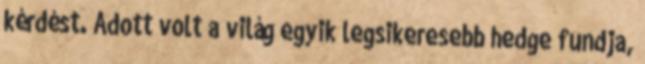
kérdést. Adott volt a világ egyik legsikeresebb hedge fundja,